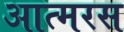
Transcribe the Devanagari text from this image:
आत्मरस